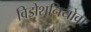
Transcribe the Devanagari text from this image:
विझेशनियोवा